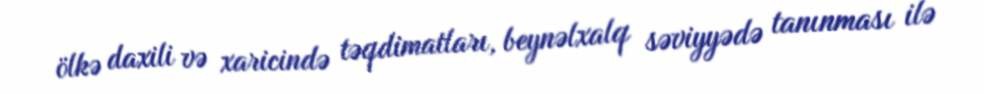
ölkə daxili və xaricində təqdimatları, beynəlxalq səviyyədə tanınması ilə